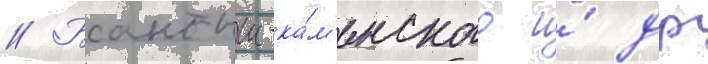
// Бантыш-ка́м'енского и́ др